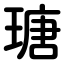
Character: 瑭